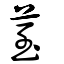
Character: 荎